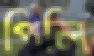
পিলি